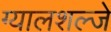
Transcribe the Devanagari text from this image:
ग्यालशल्जे